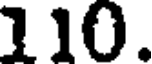
110.